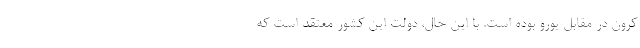
کرون در مقابل یورو بوده است. با این حال، دولت این کشور معتقد است که